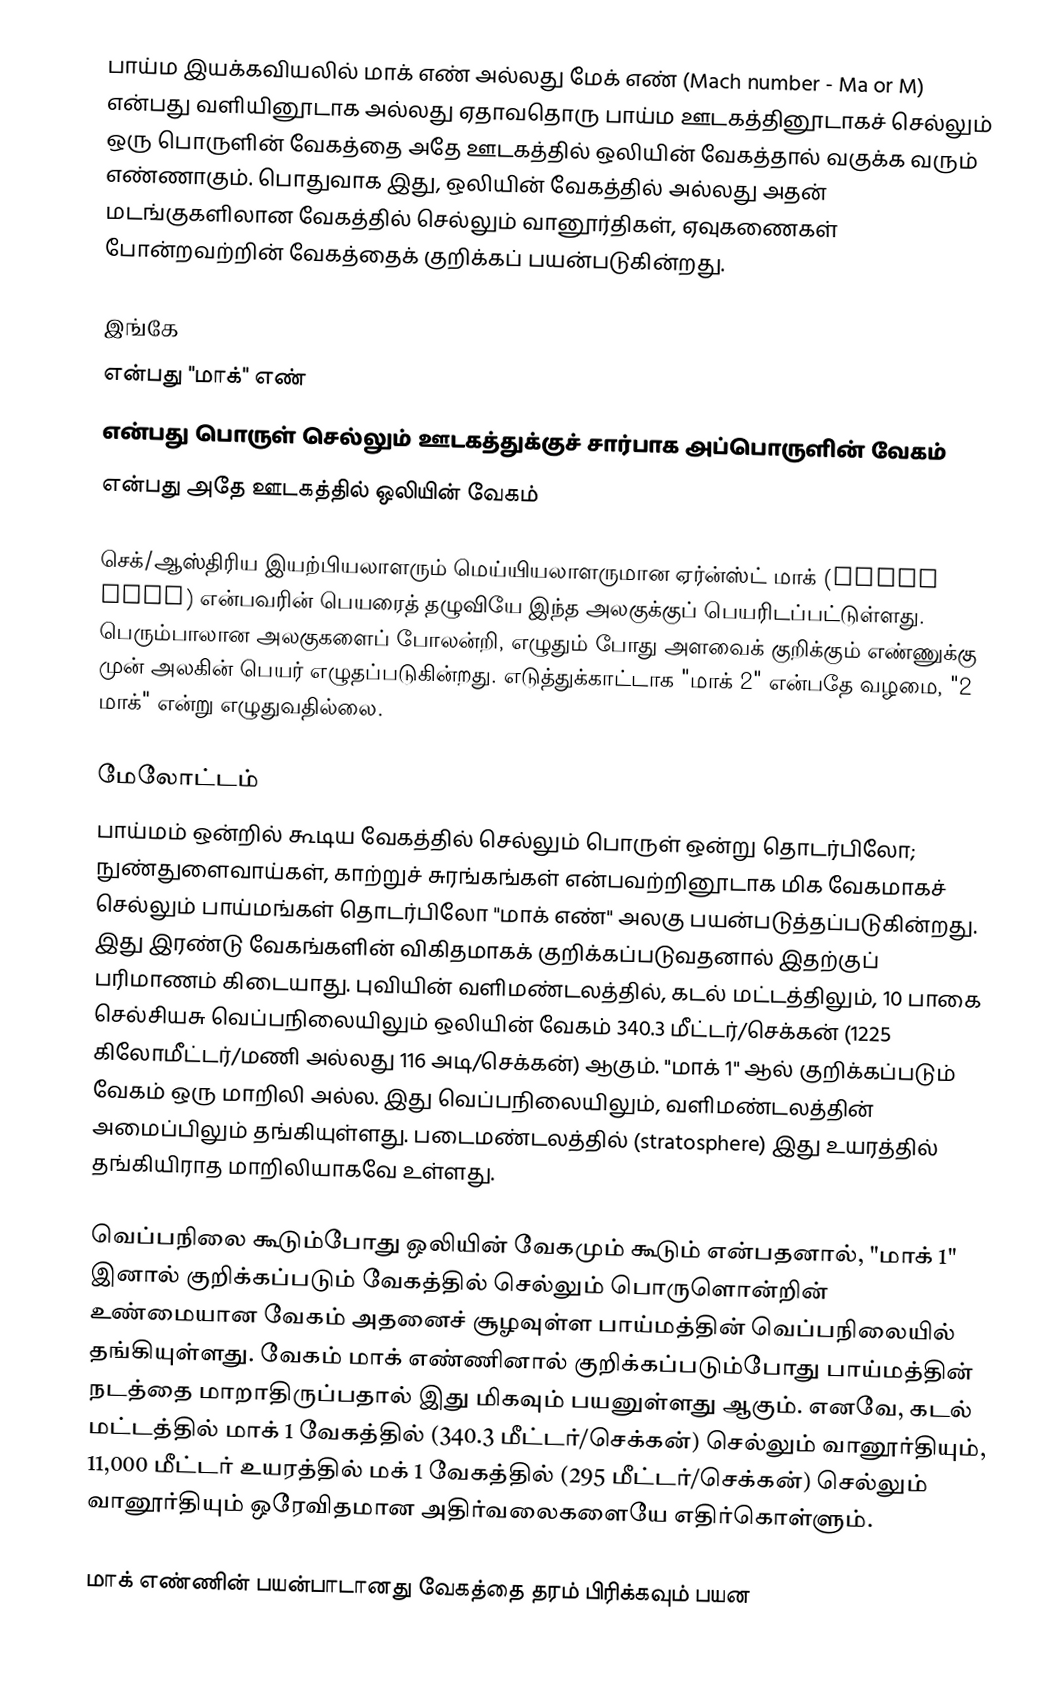
பாய்ம இயக்கவியலில் மாக் எண் அல்லது மேக் எண் (Mach number - Ma or M) என்பது வளியினூடாக அல்லது ஏதாவதொரு பாய்ம ஊடகத்தினூடாகச் செல்லும் ஒரு பொருளின் வேகத்தை அதே ஊடகத்தில் ஒலியின் வேகத்தால் வகுக்க வரும் எண்ணாகும். பொதுவாக இது, ஒலியின் வேகத்தில் அல்லது அதன் மடங்குகளிலான வேகத்தில் செல்லும் வானூர்திகள், ஏவுகணைகள் போன்றவற்றின் வேகத்தைக் குறிக்கப் பயன்படுகின்றது.

இங்கே
 என்பது "மாக்" எண்
 என்பது பொருள் செல்லும் ஊடகத்துக்குச் சார்பாக அப்பொருளின் வேகம்
 என்பது அதே ஊடகத்தில் ஒலியின் வேகம்

செக்/ஆஸ்திரிய இயற்பியலாளரும் மெய்யியலாளருமான ஏர்ன்ஸ்ட் மாக் (Ernst Mach) என்பவரின் பெயரைத் தழுவியே இந்த அலகுக்குப் பெயரிடப்பட்டுள்ளது. பெரும்பாலான அலகுகளைப் போலன்றி, எழுதும் போது அளவைக் குறிக்கும் எண்ணுக்கு முன் அலகின் பெயர் எழுதப்படுகின்றது. எடுத்துக்காட்டாக "மாக் 2" என்பதே வழமை, "2 மாக்" என்று எழுதுவதில்லை.

மேலோட்டம்
பாய்மம் ஒன்றில் கூடிய வேகத்தில் செல்லும் பொருள் ஒன்று தொடர்பிலோ; நுண்துளைவாய்கள், காற்றுச் சுரங்கங்கள் என்பவற்றினூடாக மிக வேகமாகச் செல்லும் பாய்மங்கள் தொடர்பிலோ "மாக் எண்" அலகு பயன்படுத்தப்படுகின்றது. இது இரண்டு வேகங்களின் விகிதமாகக் குறிக்கப்படுவதனால் இதற்குப் பரிமாணம் கிடையாது. புவியின் வளிமண்டலத்தில், கடல் மட்டத்திலும், 10 பாகை செல்சியசு வெப்பநிலையிலும் ஒலியின் வேகம் 340.3 மீட்டர்/செக்கன் (1225 கிலோமீட்டர்/மணி அல்லது 116 அடி/செக்கன்) ஆகும். "மாக் 1" ஆல் குறிக்கப்படும் வேகம் ஒரு மாறிலி அல்ல. இது வெப்பநிலையிலும், வளிமண்டலத்தின் அமைப்பிலும் தங்கியுள்ளது. படைமண்டலத்தில் (stratosphere) இது உயரத்தில் தங்கியிராத மாறிலியாகவே உள்ளது.

வெப்பநிலை கூடும்போது ஒலியின் வேகமும் கூடும் என்பதனால், "மாக் 1" இனால் குறிக்கப்படும் வேகத்தில் செல்லும் பொருளொன்றின் உண்மையான வேகம் அதனைச் சூழவுள்ள பாய்மத்தின் வெப்பநிலையில் தங்கியுள்ளது. வேகம் மாக் எண்ணினால் குறிக்கப்படும்போது பாய்மத்தின் நடத்தை மாறாதிருப்பதால் இது மிகவும் பயனுள்ளது ஆகும். எனவே, கடல் மட்டத்தில் மாக் 1 வேகத்தில் (340.3 மீட்டர்/செக்கன்) செல்லும் வானூர்தியும், 11,000 மீட்டர் உயரத்தில் மக் 1 வேகத்தில் (295 மீட்டர்/செக்கன்) செல்லும் வானூர்தியும் ஒரேவிதமான அதிர்வலைகளையே எதிர்கொள்ளும்.

மாக் எண்ணின் பயன்பாடானது வேகத்தை தரம் பிரிக்கவும் பயன